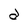
Character: a